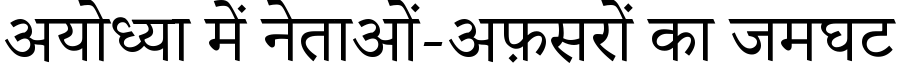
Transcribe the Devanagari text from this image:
अयोध्या में नेताओं-अफ़सरों का जमघट